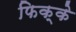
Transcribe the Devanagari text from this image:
फिक्के